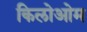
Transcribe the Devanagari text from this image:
किलोओम